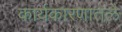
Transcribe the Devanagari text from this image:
कार्यकारणातले